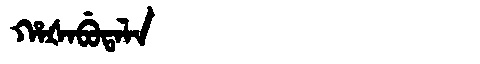
Manchu: ᡥᠠᡧᠠᠪᡠᡨᠠᠯᠠ
Romanization: HAŠABUTALA